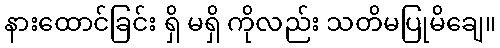
နားထောင်ခြင်း ရှိ မရှိ ကိုလည်း သတိမပြုမိချေ။